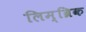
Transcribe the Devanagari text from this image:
लिम्ब्रिक